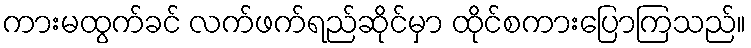
ကားမထွက်ခင် လက်ဖက်ရည်ဆိုင်မှာ ထိုင်စကားပြောကြသည်။